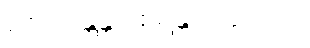
ဇေဿန္တန္တိ ဝိစရန္တံ ဟုဖွင့်ပြပုံ။